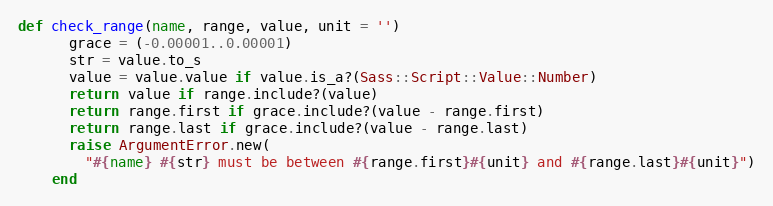
Language: Ruby
def check_range(name, range, value, unit = '')
      grace = (-0.00001..0.00001)
      str = value.to_s
      value = value.value if value.is_a?(Sass::Script::Value::Number)
      return value if range.include?(value)
      return range.first if grace.include?(value - range.first)
      return range.last if grace.include?(value - range.last)
      raise ArgumentError.new(
        "#{name} #{str} must be between #{range.first}#{unit} and #{range.last}#{unit}")
    end